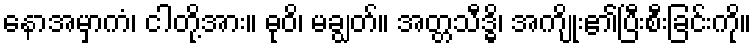
နောအမှာကံ၊ ငါတို့အား။ ဓုဝိ၊ မချွတ်။ အတ္တသီဒ္ဓိ၊ အကျိုး၏ပြီးစီးခြင်းကို။